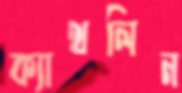
ক্যাথলিন